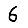
Digit: 6